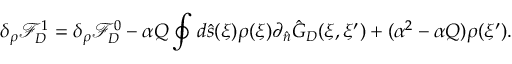
{ \delta _ { \rho } } { \mathcal { F } _ { D } ^ { 1 } } = { \delta _ { \rho } } { \mathcal { F } _ { D } ^ { 0 } } - \alpha { Q } \oint { d } \hat { s } ( \xi ) \rho ( \xi ) { \partial _ { \hat { n } } } { \hat { G } _ { D } } ( \xi , \xi ^ { \prime } ) + ( { \alpha ^ { 2 } } - \alpha { Q } ) \rho ( \xi ^ { \prime } ) .